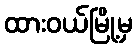
ထားဝယ်မြို့မှ